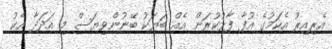
އެރިއިރު އެކަމުގެ އުފާ ފާޅުކުރަން އެއް ބަޔަކު ބޭނުންވިޔަސް މި އަދަދާ އެކު